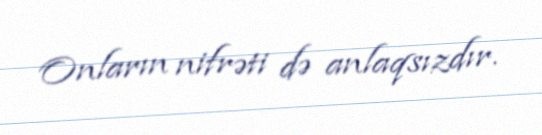
Onların nifrəti də anlaqsızdır.